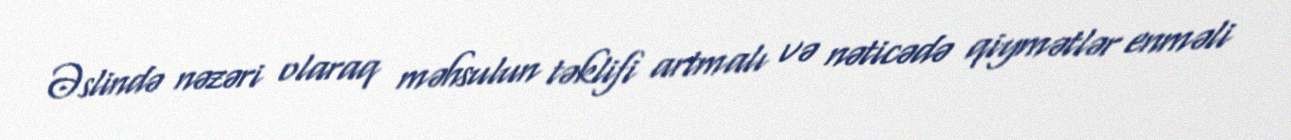
Əslində nəzəri olaraq məhsulun təklifi artmalı və nəticədə qiymətlər enməli